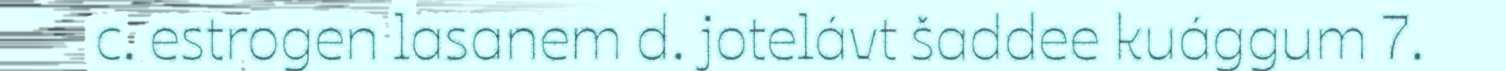
c. estrogen lasanem d. jotelávt šaddee kuággum 7.